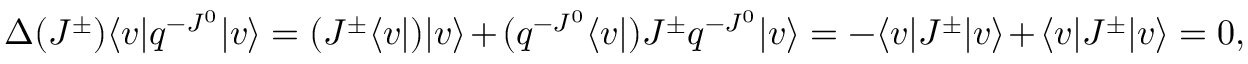
\Delta ( J ^ { \pm } ) \langle v | q ^ { - J ^ { 0 } } | v \rangle = ( J ^ { \pm } \langle v | ) | v \rangle + ( q ^ { - J ^ { 0 } } \langle v | ) J ^ { \pm } q ^ { - J ^ { 0 } } | v \rangle = - \langle v | J ^ { \pm } | v \rangle + \langle v | J ^ { \pm } | v \rangle = 0 ,